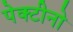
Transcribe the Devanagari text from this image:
पेक्टीनो